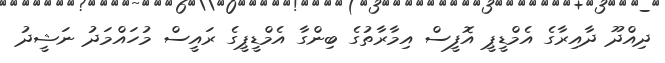
ދިއްދޫ ދާއިރާގެ އެމްޑީޕީ އޮފީސް އިމާރާތުގެ ބިންގާ އެމްޑީޕީގެ ރައީސް މުހައްމަދު ނަޝީދު